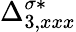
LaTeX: {\Delta}_{3,xxx}^{\sigma*}